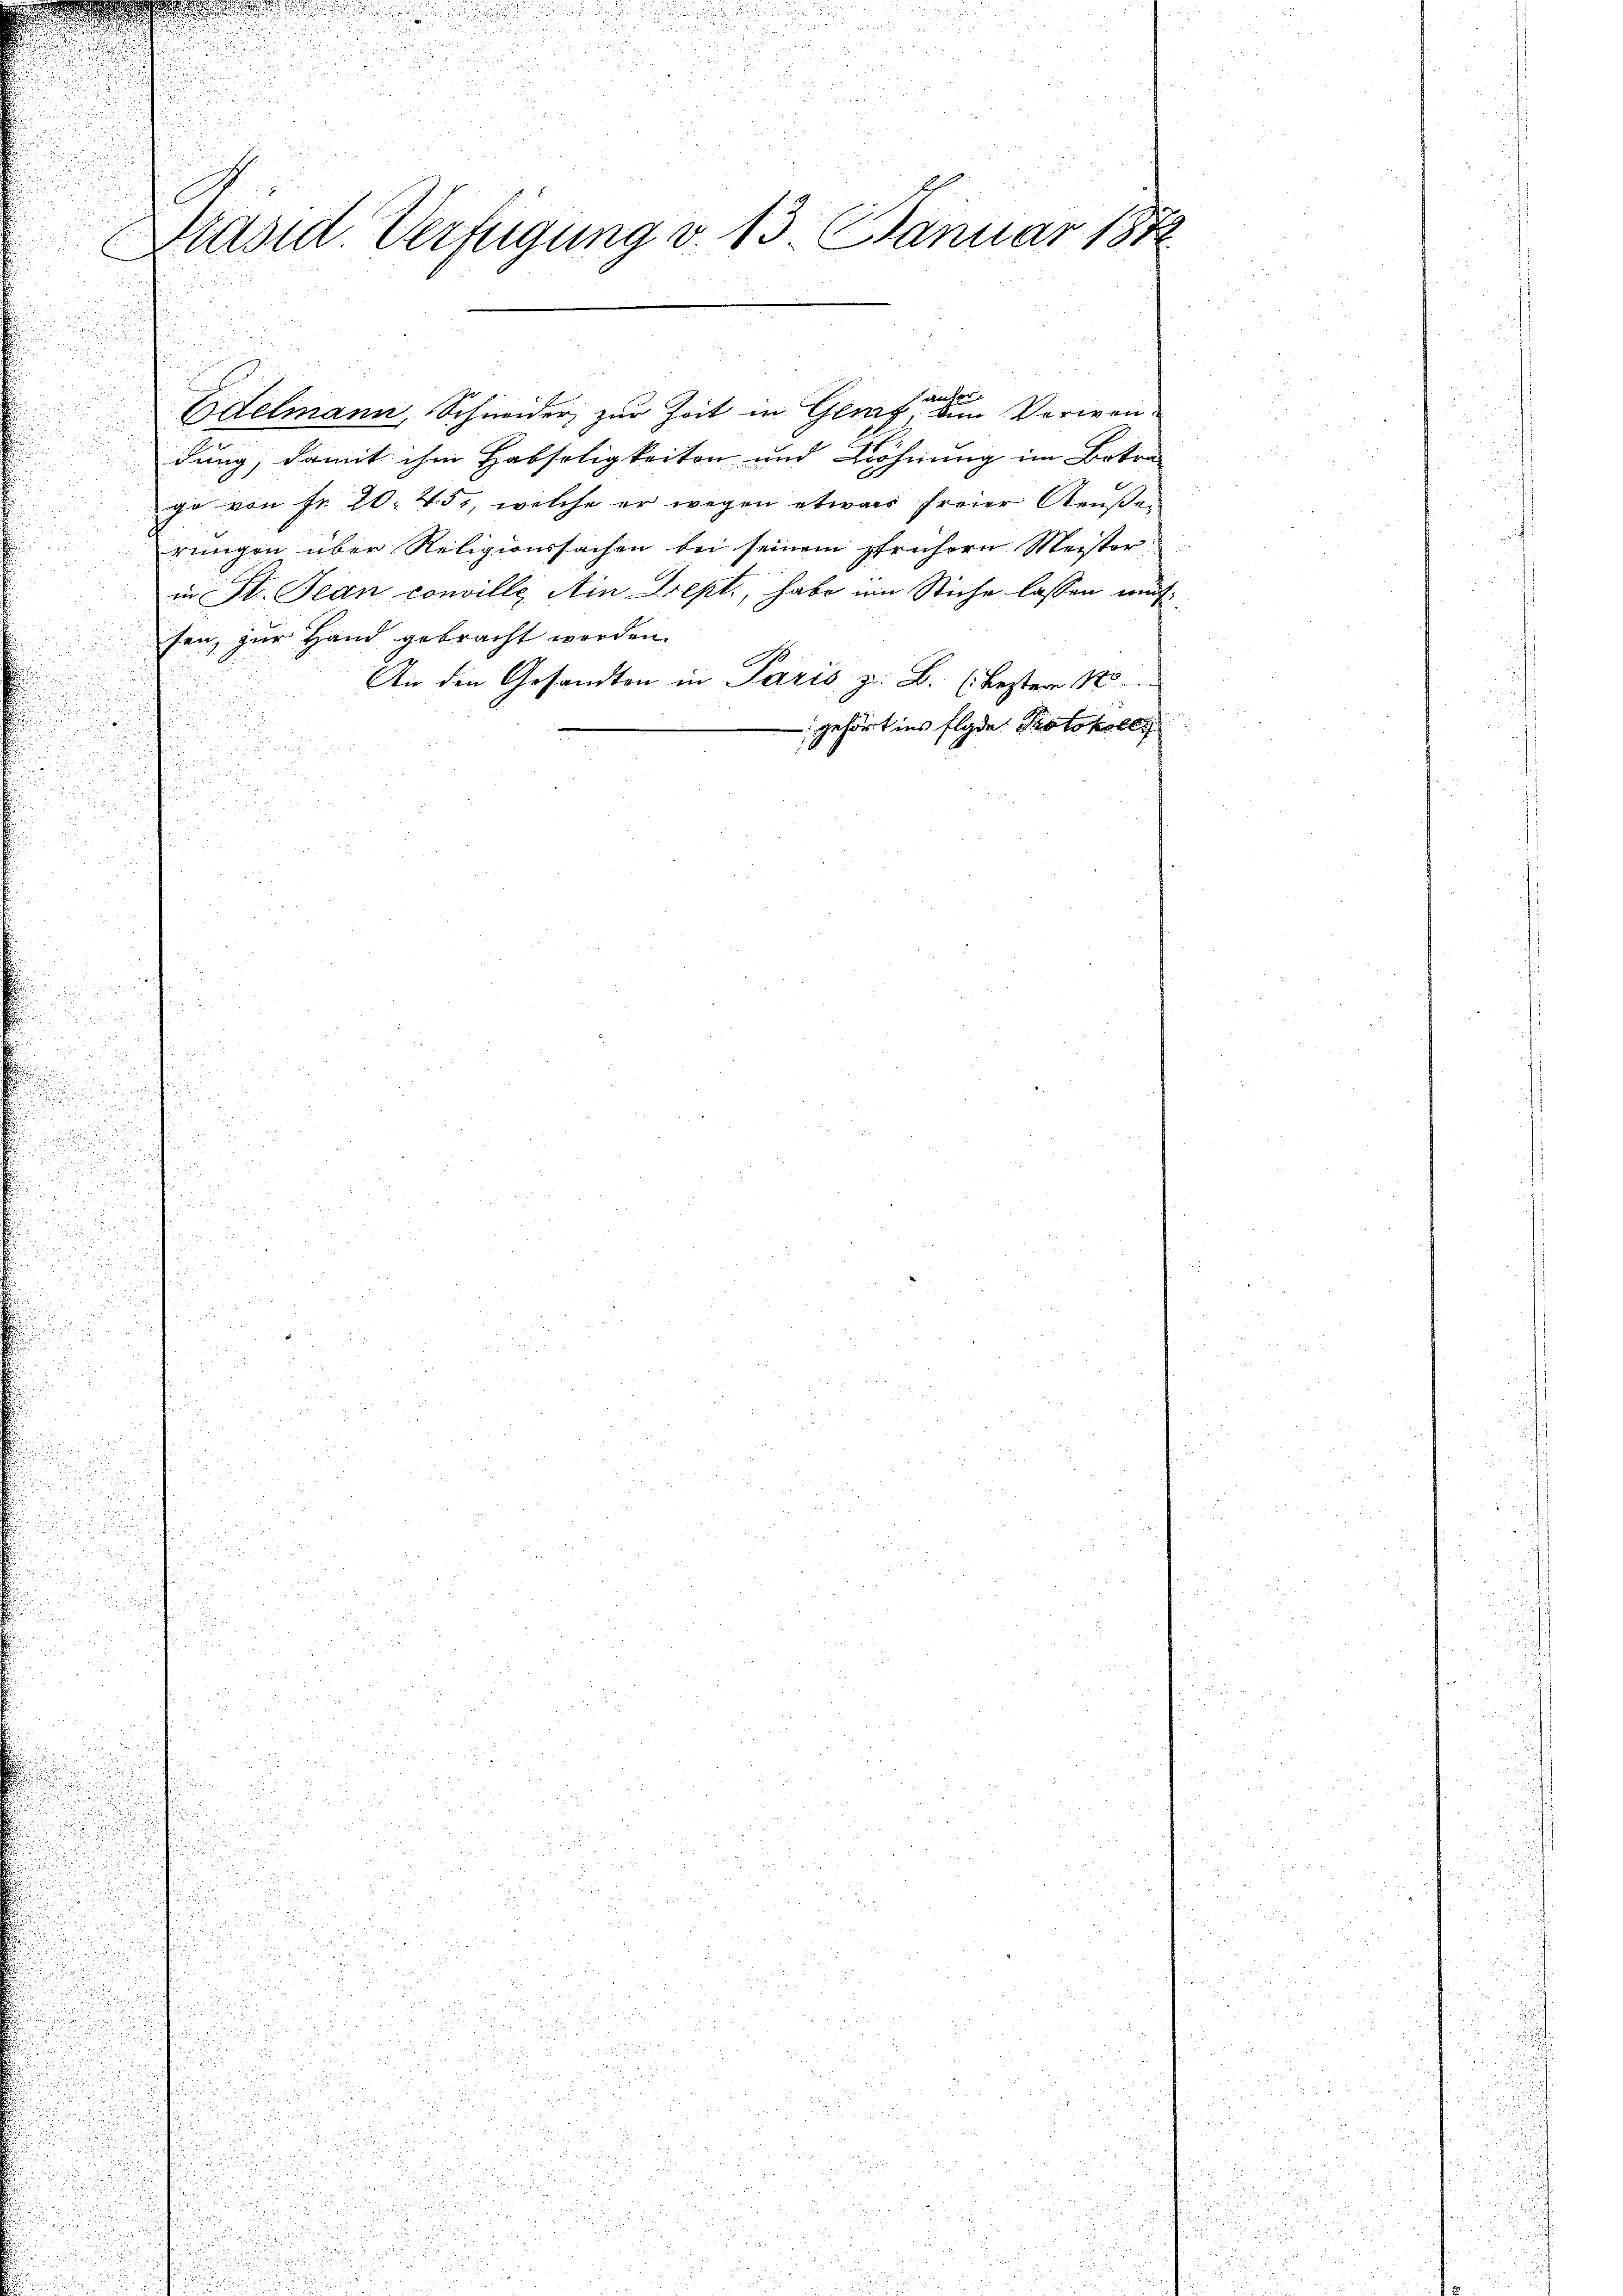
u

r
u
Edelmann, Schneider zur Zeit in Glig, dem Verwendung, damit ihm Habseligkeiten und Wohnung im Betra-
ge von Fr. 20. 451, welche er wegen etwas freier Aeußer
rungen über Religionssachen bei seinem frühern Meister
in St. Jean conville Ain Dept., habe im Stiche lassen aufsen, zur Hand gebracht werden.
.
An den Gesandten in Paris z. B. (Lester 183
 gehört ins flgde Protokolli
.
u

Präsid. Verfügung v. 13. Januar 1872
n

anfer